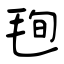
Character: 毥